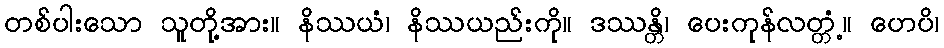
တစ်ပါးသော သူတို့အား။ နိဿယံ၊ နိဿယည်းကို။ ဒဿန္တိ၊ ပေးကုန်လတ္တံ့။ ဟေပိ၊